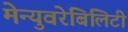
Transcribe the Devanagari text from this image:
मेन्युवरेबिलिटी